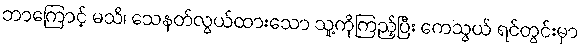
ဘာကြောင့် မသိ၊ သေနတ်လွယ်ထားသော သူ့ကိုကြည့်ပြီး ကေသွယ် ရင်တွင်းမှာ